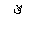
Letter: _qaf